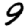
Digit: 9